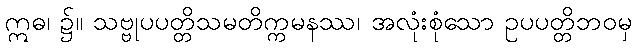
ဣဓ၊ ၌။ သဗ္ဗုပပတ္တိသမတိက္ကမနဿ၊ အလုံးစုံသော ဥပပတ္တိဘဝမှ